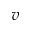
v